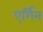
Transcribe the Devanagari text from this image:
एर्गिन